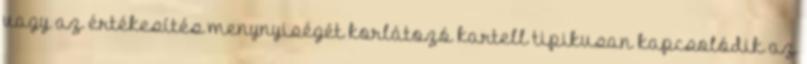
vagy az értékesítés menynyiségét korlátozó kartell tipikusan kapcsolódik az